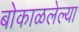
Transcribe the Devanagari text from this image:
बोकाळलेल्या